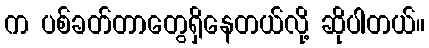
က ပစ်ခတ်တာတွေရှိနေတယ်လို့ ဆိုပါတယ်။